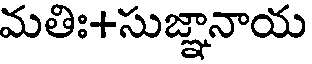
మతిః+సుజ్ఞానాయ